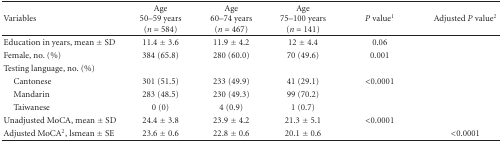
<table><thead><tr><td><b>Variables</b></td><td><b>Age 50–59 years (<i>n</i> = 584)</b></td><td><b>Age 60–74 years (<i>n</i> = 467)</b></td><td><b>Age 75–100 years (<i>n</i> = 141)</b></td><td><b><i>P</i> value<sup>1</sup></b></td><td><b>Adjusted <i>P</i> value<sup>2</sup></b></td></tr></thead><tbody><tr><td>Education in years, mean ± SD</td><td>11.4 ± 3.6</td><td>11.9 ± 4.2</td><td>12 ± 4.4</td><td>0.06</td><td></td></tr><tr><td>Female, no. (%)</td><td>384 (65.8)</td><td>280 (60.0)</td><td>70 (49.6)</td><td>0.001</td><td></td></tr><tr><td>Testing language, no. (%)</td><td></td><td></td><td></td><td></td><td></td></tr><tr><td> Cantonese</td><td>301 (51.5)</td><td>233 (49.9)</td><td>41 (29.1)</td><td>&lt;0.0001</td><td></td></tr><tr><td> Mandarin</td><td>283 (48.5)</td><td>230 (49.3)</td><td>99 (70.2)</td><td></td><td></td></tr><tr><td> Taiwanese</td><td>0 (0)</td><td>4 (0.9)</td><td>1 (0.7)</td><td></td><td></td></tr><tr><td>Unadjusted MoCA, mean ± SD</td><td>24.4 ± 3.8</td><td>23.9 ± 4.2</td><td>21.3 ± 5.1</td><td>&lt;0.0001</td><td></td></tr><tr><td>Adjusted MoCA<sup>2</sup>, lsmean ± SE</td><td>23.6 ± 0.6</td><td>22.8 ± 0.6</td><td>20.1 ± 0.6</td><td></td><td>&lt;0.0001</td></tr></tbody></table>